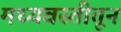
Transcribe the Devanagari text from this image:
मध्यवस्तीतून